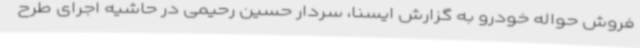
فروش حواله خودرو به گزارش ایسنا، سردار حسین رحیمی در حاشیه اجرای طرح